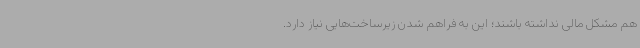
هم مشکل مالی نداشته باشند؛ این به فراهم شدن زیرساخت‌هایی نیاز دارد.